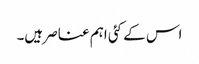
اس کے کئی اہم عناصر ہیں۔